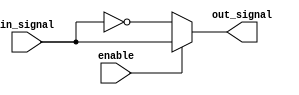
module active_low_buffer (
    input wire enable,
    input wire in_signal,
    output wire out_signal
);

assign out_signal = enable ? in_signal : !in_signal;

endmodule